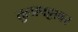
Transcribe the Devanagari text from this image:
तुलापट्टावर